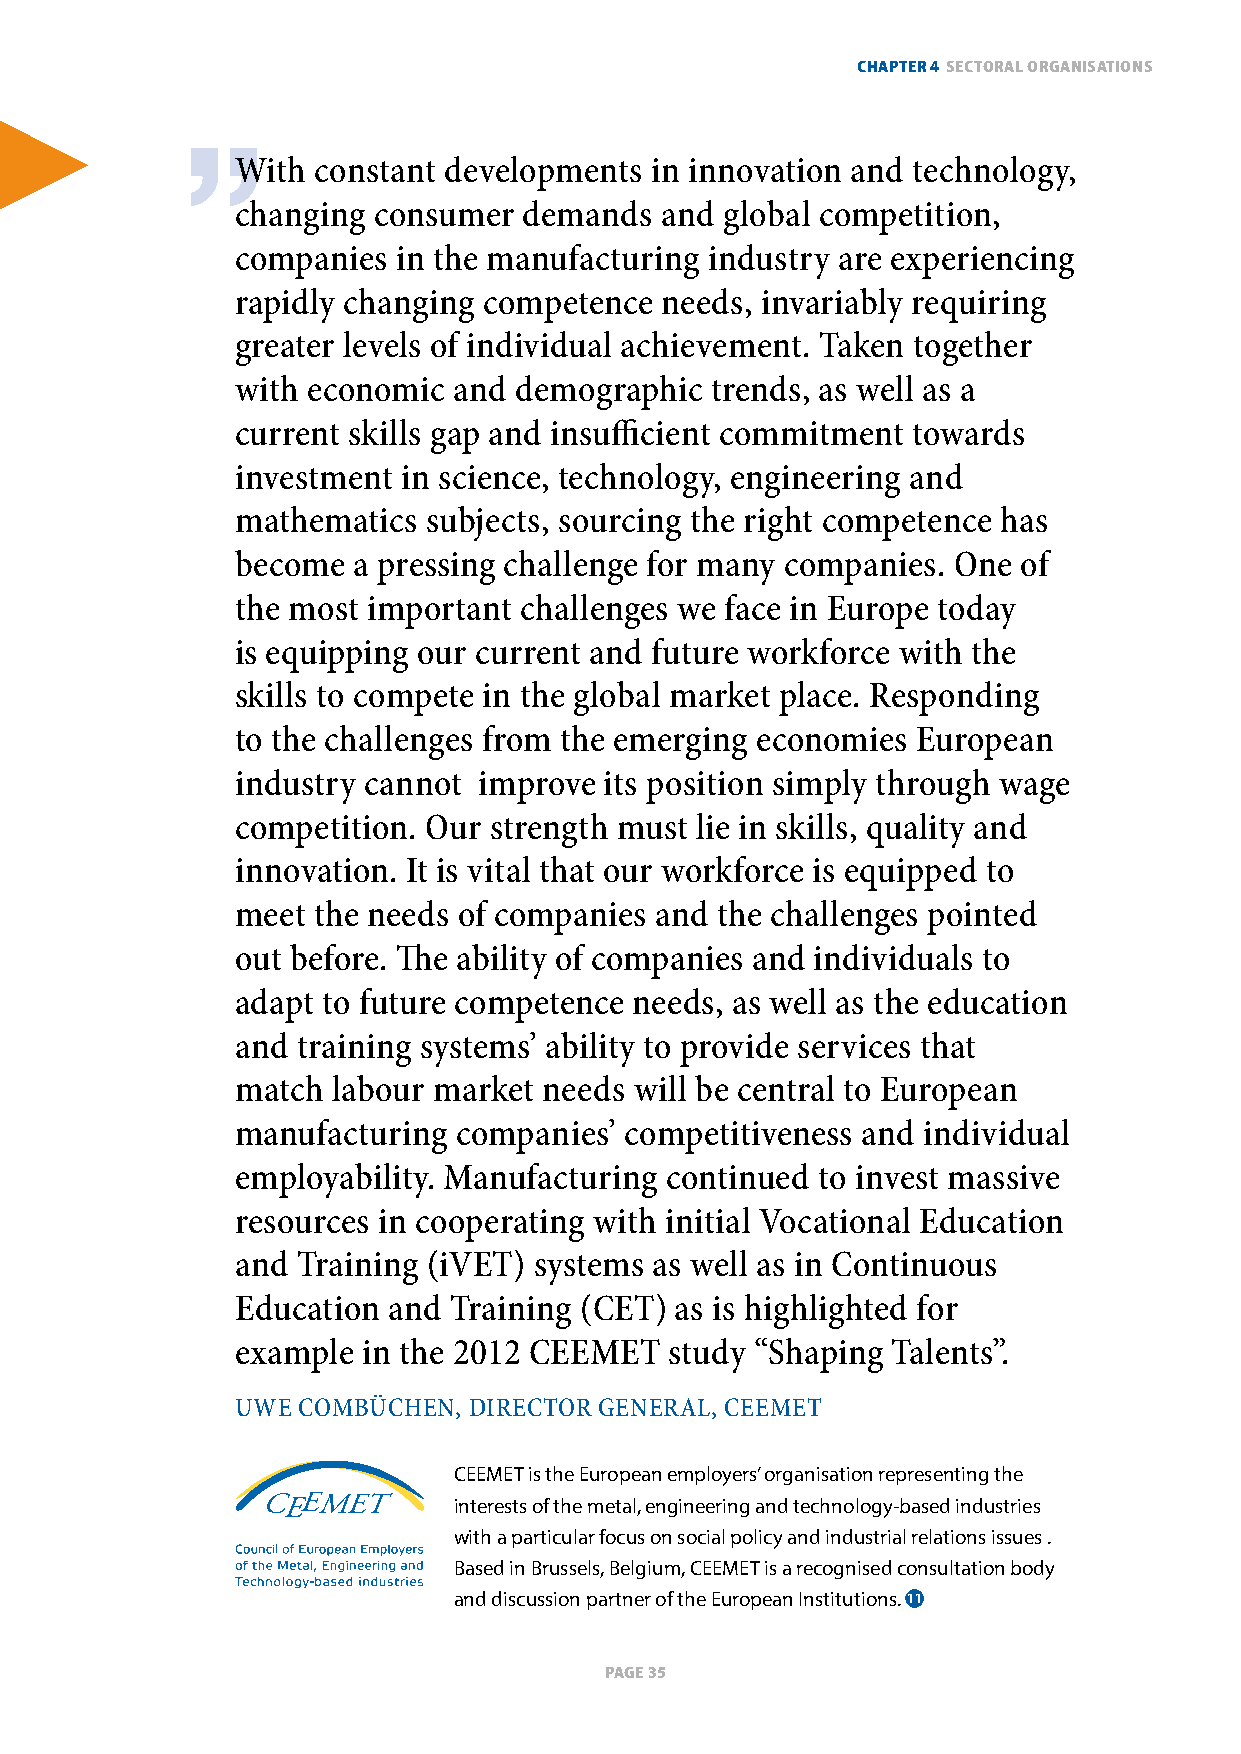
ChapTer 4 seCToral organisaTions
 With constant developments in innovation and technology,
 changing consumer  demands  and global competition,
 companies in the manufacturing industry are experiencing
 rapidly changing competence needs, invariably requiring
 greater levels of individual achievement. taken together
 with economic and demographic  trends, as well as a
 current skills gap and insufficient commitment towards
 investment in science, technology, engineering and
 mathematics subjects, sourcing the right competence has
 become a pressing challenge for many companies. one of
 the most important challenges we face in Europe today
 is equipping our current and future workforce with the
 skills to compete in the global market place. Responding
 to the challenges from the emerging economies European
 industry cannot improve its position simply through wage
 competition. our strength must lie in skills, quality and
 innovation. It is vital that our workforce is equipped to
 meet the needs of companies and the challenges pointed
 out before. The ability of companies and individuals to
 adapt to future competence needs, as well as the education
 and training systems’ ability to provide services that
 match labour market needs will be central to European
 manufacturing companies’ competitiveness and individual
 employability. Manufacturing continued to invest massive
 resources in cooperating with initial vocational Education
 and training (ivEt) systems as well as in Continuous
 Education and training (CEt) as is highlighted for
 example in the 2012 CEEMEt  study “Shaping talents”.
 uWE CoMBüChEn, dIRECtoR gEnERal, CEEMEt
 CEEMET is the European employers’ organisation representing the
 interests of the metal, engineering and technology-based industries
 with a particular focus on social policy and industrial relations issues .
 Based in Brussels, Belgium, CEEMET is a recognised consultation body
 and discussion partner of the European Institutions. 11
 page 35